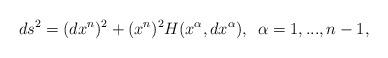
LaTeX: \begin{align*} ds^2=(dx^n)^2+(x^n)^2H(x^\alpha,dx^\alpha), \,\,\, \alpha=1,..., n-1,\end{align*}